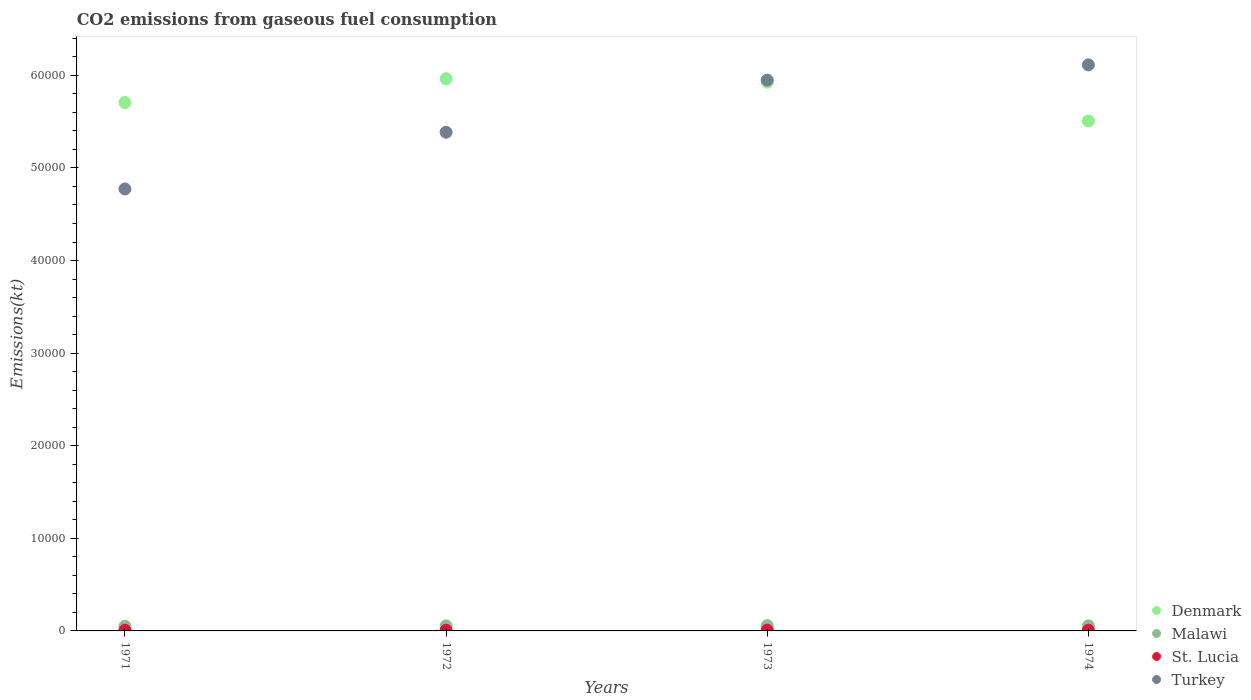
| Years | Denmark | Malawi | St. Lucia | Turkey |
 | --- | --- | --- | --- | --- |
 | 1971 | 5.71e+04 | 502 | 69.7 | 4.77e+04 |
 | 1972 | 5.96e+04 | 546 | 77 | 5.39e+04 |
 | 1973 | 5.93e+04 | 572 | 80.7 | 5.95e+04 |
 | 1974 | 5.51e+04 | 550 | 73.3 | 6.11e+04 |